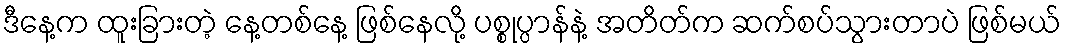
ဒီနေ့က ထူးခြားတဲ့ နေ့တစ်နေ့ ဖြစ်နေလို့ ပစ္စုပ္ပာန်နဲ့ အတိတ်က ဆက်စပ်သွားတာပဲ ဖြစ်မယ်